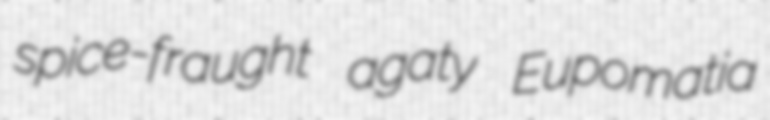
spice-fraught agaty Eupomatia